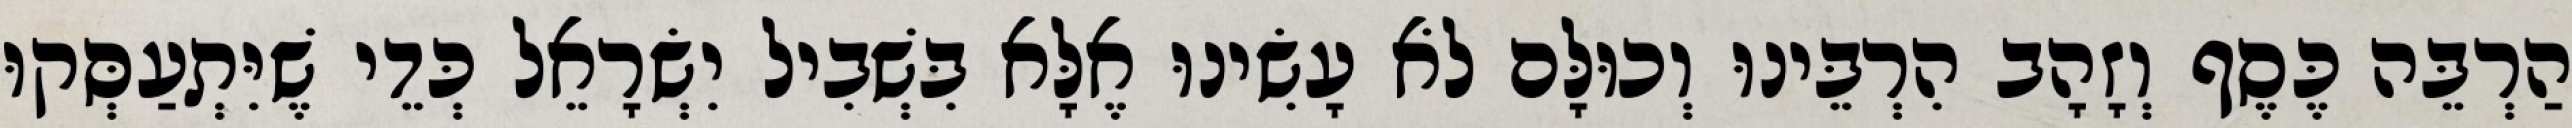
הַרְבֵּה כֶּסֶף וְזָהָב הִרְבֵּינוּ וְכוּלָּם לֹא עָשִׂינוּ אֶלָּא בִּשְׁבִיל יִשְׂרָאֵל כְּדֵי שֶׁיִּתְעַסְּקוּ